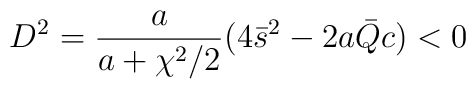
D^2 = \frac{a}{a + \chi^2 /2} ( 4 \bar{s}^2 - 2a \bar{Q} c ) < 0